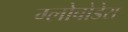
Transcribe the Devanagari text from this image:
ग्लोबोडेरा